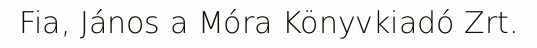
Fia, János a Móra Könyvkiadó Zrt.